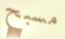
مسبح